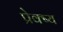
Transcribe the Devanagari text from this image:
प्रेक्ष्य